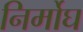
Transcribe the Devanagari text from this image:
निर्मोघ